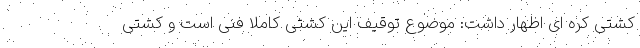
کشتی کره ای اظهار داشت: موضوع توقیف این کشتی کاملا فنی است و کشتی